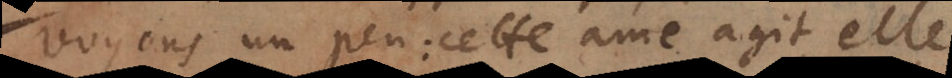
Voyons un peu: cette ame agit elle